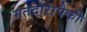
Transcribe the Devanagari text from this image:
मतदारांपैकी